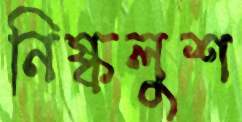
নিষ্কলুশ